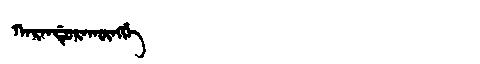
Manchu: ᡴᠠᡵᠠᠨᡩᡠᡵᠠᡴᡡᠩᡤᡝ
Romanization: KARANDURAKŪNGGE